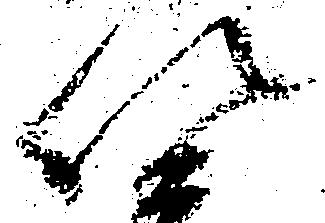
以